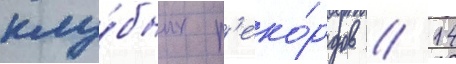
клу́бных р'еко́рдов // 14